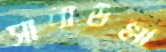
সানাউল্লা